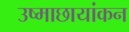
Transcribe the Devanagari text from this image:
उष्माछायांकन